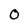
Character: 0